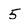
Character: 5